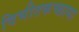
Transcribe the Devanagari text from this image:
विभीतकच्छाया